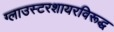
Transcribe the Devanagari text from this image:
ग्लाउस्टरशायरविरूद्ध